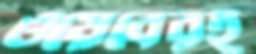
ওয়েবেরই